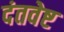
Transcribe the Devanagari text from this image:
दंतवेष्ट